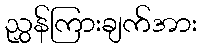
ညွှန်ကြားချက်အား